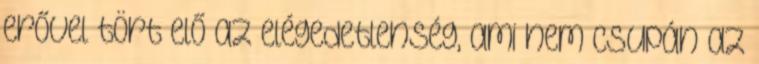
erővel tört elő az elégedetlenség, ami nem csupán az